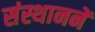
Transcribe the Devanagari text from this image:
संस्थाननें